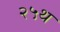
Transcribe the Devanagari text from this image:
२५थ